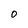
Character: O